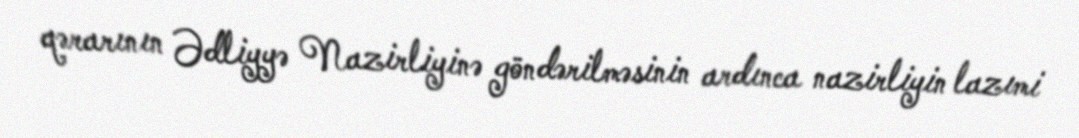
qərarının Ədliyyə Nazirliyinə göndərilməsinin ardınca nazirliyin lazımi